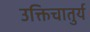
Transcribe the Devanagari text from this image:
उक्तिचातुर्य